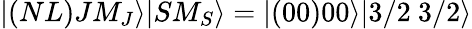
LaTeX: |(NL)JM_{J}\rangle|SM_{S}\rangle=|(00)00\rangle|3/2\ 3/2\rangle